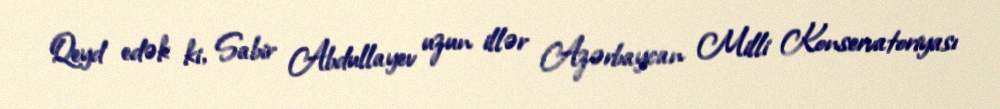
Qeyd edək ki, Sabir Abdullayev uzun illər Azərbaycan Milli Konservatoriyası